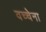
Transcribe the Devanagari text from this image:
वच्चेना